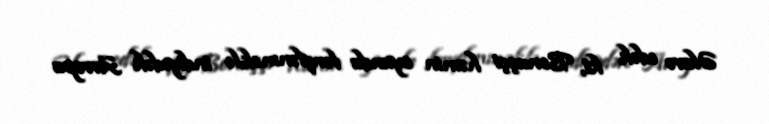
Əlavə edək ki, Bonuççi həmin oyunda fərqlənməklə indiyədək Avropa